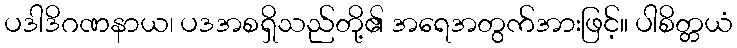
ပဒါဒိဂဏနာယ၊ ပဒအစရှိသည်တို့၏ အရေအတွက်အားဖြင့်။ ပါစိတ္တယံ